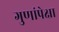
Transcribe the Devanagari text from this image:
गुणांपेक्षा